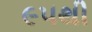
૯૫થી